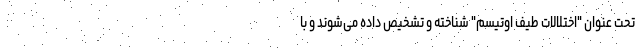
تحت عنوان "اختلالات طیف اوتیسم" شناخته و تشخیص داده می‌شوند و با